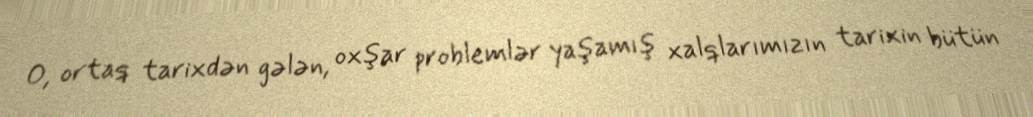
O, ortaq tarixdən gələn, oxşar problemlər yaşamış xalqlarımızın tarixin bütün